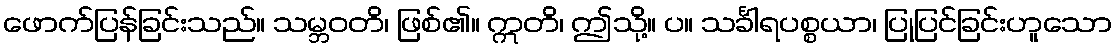
ဖောက်ပြန်ခြင်းသည်။ သမ္ဘဝတိ၊ ဖြစ်၏။ ဣတိ၊ ဤသို့။ ပ။ သင်္ခါရပစ္စယာ၊ ပြုပြင်ခြင်းဟူသော